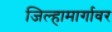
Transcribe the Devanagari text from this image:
जिल्हामार्गावर